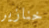
خنازير